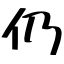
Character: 仍